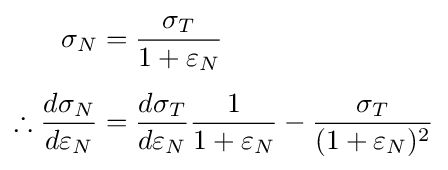
{\begin{aligned}\sigma _{N}&={\frac {\sigma _{T}}{1+\varepsilon _{N}}}\\[4pt]\therefore {\frac {d\sigma _{N}}{d\varepsilon _{N}}}&={\frac {d\sigma _{T}}{d\varepsilon _{N}}}{\frac {1}{1+\varepsilon _{N}}}-{\frac {\sigma _{T}}{(1+\varepsilon _{N})^{2}}}\end{aligned}}